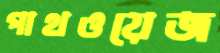
পাথওয়েজ